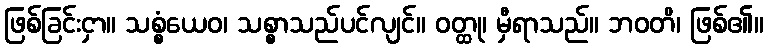
ဖြစ်ခြင်းငှာ။ သစ္စံယေဝ၊ သစ္စာသည်ပင်လျင်။ ဝတ္ထု၊ မှီရာသည်။ ဘဝတိ၊ ဖြစ်၏။